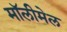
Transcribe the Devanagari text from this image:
मॉलीमेल